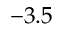
- 3 . 5